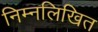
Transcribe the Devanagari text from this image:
निम्नलिखित